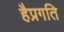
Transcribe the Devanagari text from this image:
हैप्रगति